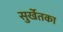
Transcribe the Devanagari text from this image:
सुर्खेतका